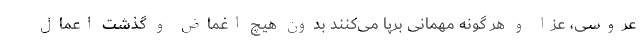
عروسی، عزا و هر گونه مهمانی برپا می‌کنند بدون هیچ اغماض و گذشت اعمال